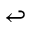
\hookleftarrow